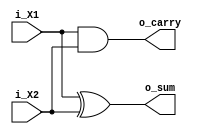
`timescale 1ns / 1ps


module Half_Adderverilog(i_X1,i_X2,o_sum,o_carry);
    
input i_X1,i_X2;

output o_sum,o_carry;

xor(o_sum,i_X1,i_X2);
and(o_carry,i_X1,i_X2);

endmodule